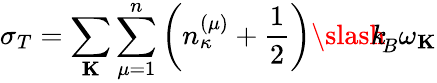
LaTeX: \sigma_{T}=\sum_{\mathbf K}\sum_{\mu=1}^{n}\left(n_{\kappa}^{(\mu)}+\frac{1}{2}\right){\slash\! \! \! k}_{\! {B}}\omega_{\mathbf K}